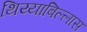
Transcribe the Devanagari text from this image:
थिय्याबिल्लास